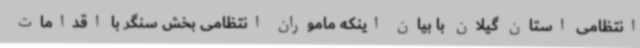
انتظامی استان گیلان با بیان اینکه ماموران انتظامی بخش سنگر با اقدامات